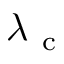
\lambda _ { \mathrm { ~ c ~ } }